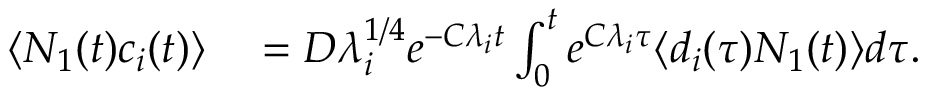
\begin{array} { r l } { \langle N _ { 1 } ( t ) c _ { i } ( t ) \rangle } & { { } = D \lambda _ { i } ^ { 1 / 4 } e ^ { - C \lambda _ { i } t } \int _ { 0 } ^ { t } e ^ { C \lambda _ { i } \tau } \langle d _ { i } ( \tau ) N _ { 1 } ( t ) \rangle d \tau . } \end{array}